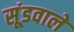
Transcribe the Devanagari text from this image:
सूंडवाले